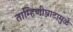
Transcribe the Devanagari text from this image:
ताम्हिणीघाटामुळे